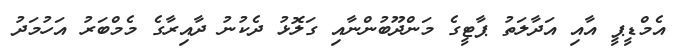
އެމްޑީޕީ އާއި އަދާލަތު ޕާޓީގެ މަންދޫބުންނާއި ގަލޮޅު ދެކުނު ދާއިރާގެ މެމްބަރު އަހުމަދު